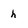
Character: h